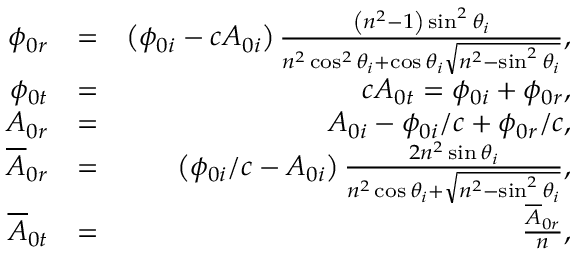
\begin{array} { r l r } { \phi _ { 0 r } } & { = } & { \left( \phi _ { 0 i } - c A _ { 0 i } \right) \frac { \left( n ^ { 2 } - 1 \right) \sin ^ { 2 } \theta _ { i } } { n ^ { 2 } \cos ^ { 2 } \theta _ { i } + \cos \theta _ { i } \sqrt { n ^ { 2 } - \sin ^ { 2 } \theta _ { i } } } , } \\ { \phi _ { 0 t } } & { = } & { c A _ { 0 t } = \phi _ { 0 i } + \phi _ { 0 r } , } \\ { A _ { 0 r } } & { = } & { A _ { 0 i } - \phi _ { 0 i } / c + \phi _ { 0 r } / c , } \\ { \overline { { A } } _ { 0 r } } & { = } & { \left( \phi _ { 0 i } / c - A _ { 0 i } \right) \frac { 2 n ^ { 2 } \sin \theta _ { i } } { n ^ { 2 } \cos \theta _ { i } + \sqrt { n ^ { 2 } - \sin ^ { 2 } \theta _ { i } } } , } \\ { \overline { { A } } _ { 0 t } } & { = } & { \frac { \overline { { A } } _ { 0 r } } { n } , } \end{array}